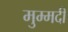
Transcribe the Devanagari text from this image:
मुम्मदी